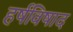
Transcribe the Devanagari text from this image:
हर्षविषाद